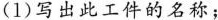
(1)写出此工件的名称；